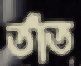
তাঁত